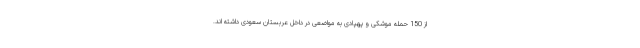
از 150 حمله موشکی و پهپادی به مواضعی در داخل عربستان سعودی داشته اند.